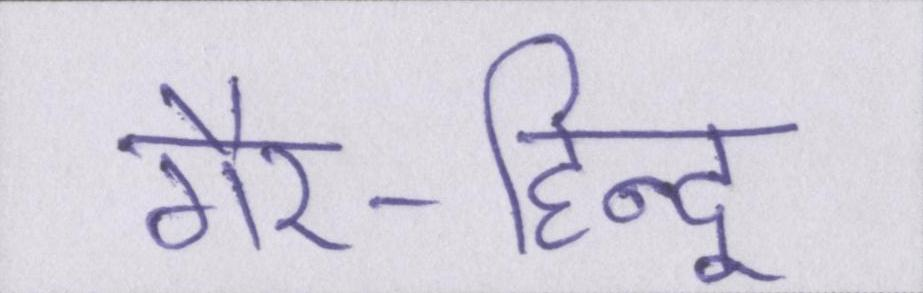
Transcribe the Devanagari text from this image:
गैर-हिन्दू